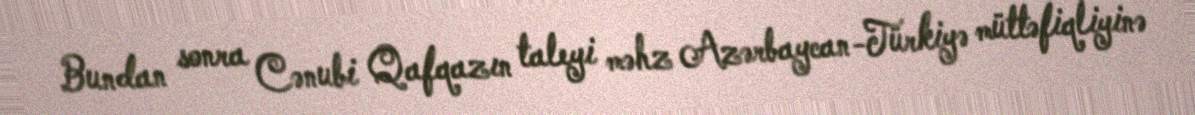
Bundan sonra Cənubi Qafqazın taleyi məhz Azərbaycan-Türkiyə müttəfiqliyinə